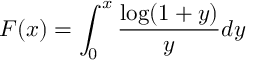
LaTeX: F ( x ) = \int _ { 0 } ^ { x } \frac { \log ( 1 + y ) } { y } d y